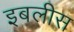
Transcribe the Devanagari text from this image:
इबलीस